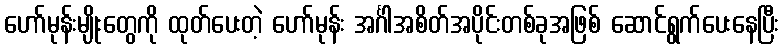
ဟော်မုန်းမျိုးတွေကို ထုတ်ပေးတဲ့ ဟော်မုန်း အင်္ဂါအစိတ်အပိုင်းတစ်ခုအဖြစ် ဆောင်ရွက်ပေးနေပြီး